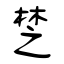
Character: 椘